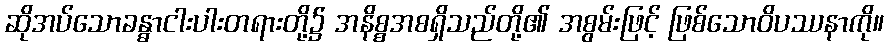
ဆိုအပ်သောခန္ဓာငါးပါးတရားတို့၌ အနိစ္စအစရှိသည်တို့၏ အစွမ်းဖြင့် ဖြစ်သောဝိပဿနာကို။